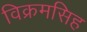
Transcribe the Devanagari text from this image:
विक्रमसिह